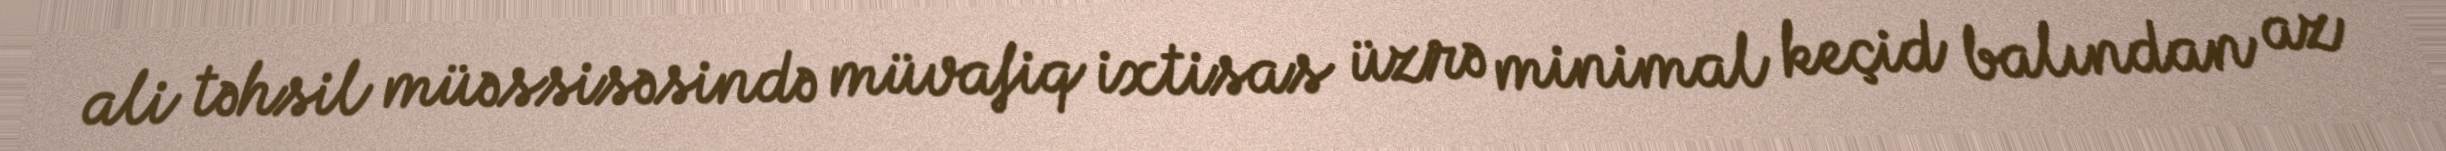
ali təhsil müəssisəsində müvafiq ixtisas üzrə minimal keçid balından az